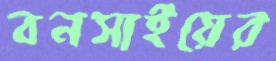
বনসাইয়ের